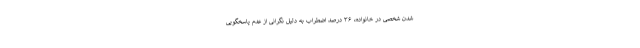
شدن شخصی در خانواده، ۳۶ درصد اضطراب به دلیل نگرانی از عدم پاسخگویی